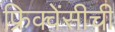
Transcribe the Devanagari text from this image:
फ्रिक्वेंसीची